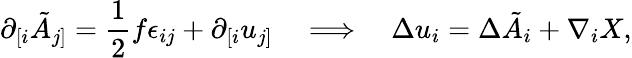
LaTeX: \partial_{[i}\tilde{A}_{j]}=\frac 12f\epsilon_{ij}+\partial_{[i}u_{j]}\quad\Longrightarrow\quad\Delta u_{i}=\Delta\tilde{A}_{i}+\nabla_{i}X,